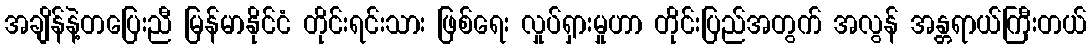
အချိန်နဲ့တပြေးညီ မြန်မာနိုင်ငံ တိုင်းရင်းသား ဖြစ်ရေး လှုပ်ရှားမှုဟာ တိုင်းပြည်အတွက် အလွန် အန္တရာယ်ကြီးတယ်